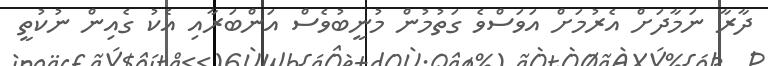
ދާރާ ނަމާދަށް އެރުމަށް އަވަސްވެ ގަތުމުން މުނީބުވެސް އަންބަރާއި އެކު ގެއިން ނުކުތީ